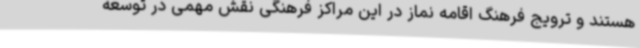
هستند و ترویج فرهنگ اقامه نماز در این مراکز فرهنگی نقش مهمی در توسعه